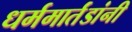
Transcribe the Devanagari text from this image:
धर्ममार्तंडांनी